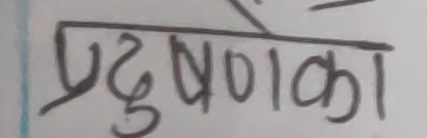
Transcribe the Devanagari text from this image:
प्रदुषणका